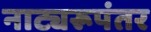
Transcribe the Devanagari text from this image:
नाट्यरूपंतर